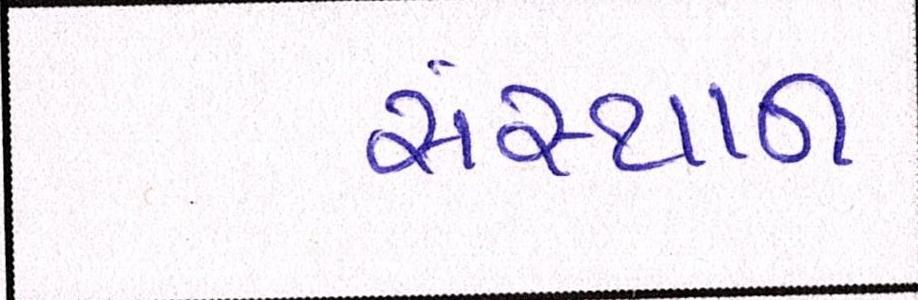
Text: સંસ્થાન